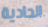
الحادية